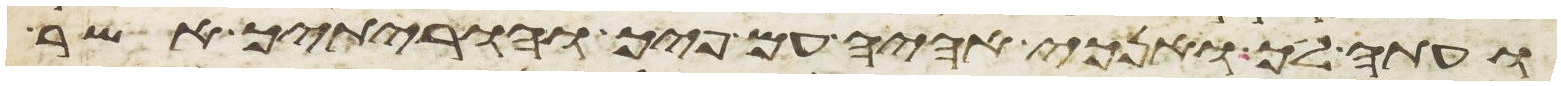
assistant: ועתה לך ואנכי אהיה עם פיך והוריתיך אשר